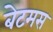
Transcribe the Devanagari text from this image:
बेटमस